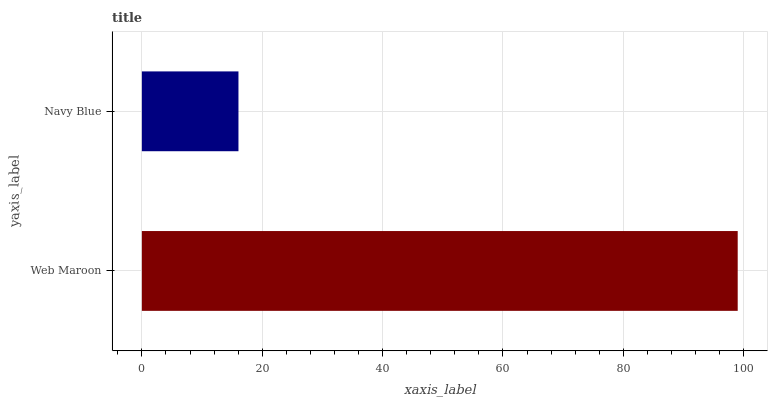
| yaxis_label | bars |
 | --- | --- |
 | Web Maroon | 99 |
 | Navy Blue | 16.1 |